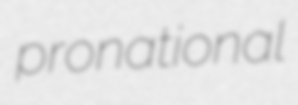
pronational